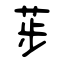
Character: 荹